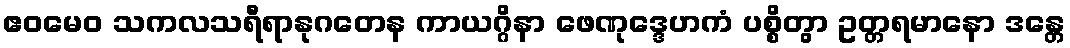
ဧဝမေဝ သကလသရီရာနုဂတေန ကာယဂ္ဂိနာ ဖေဏုဒ္ဒေဟကံ ပစ္စိတွာ ဥတ္တရမာနော ဒန္တေ